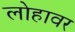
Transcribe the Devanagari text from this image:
लोहावर